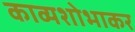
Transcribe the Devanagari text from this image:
काव्यशोभाकर